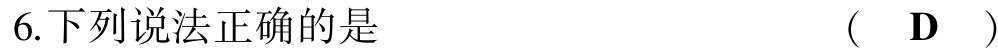
6.下列说法正确的是  (  D  )